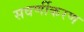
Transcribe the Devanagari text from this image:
सवर्णीकरण